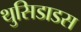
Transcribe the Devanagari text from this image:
थुसिडाडस